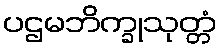
ပဌမဘိက္ခုသုတ္တံ